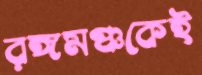
রঙ্গমঞ্চকেই